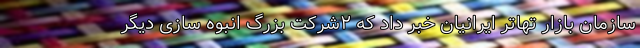
سازمان بازار تهاتر ایرانیان خبر داد که ٢شرکت بزرگ انبوه سازی دیگر